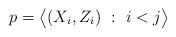
LaTeX: \begin{align*}p = \big \langle (X_i,Z_i) \ : \ i < j \big \rangle\end{align*}